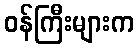
ဝန်ကြီးများက